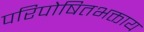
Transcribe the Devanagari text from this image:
परिपोषितभक्ताय